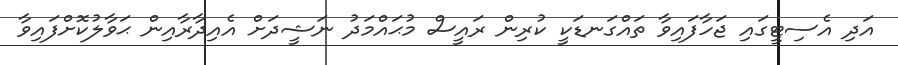
އަދި އެސިޓީގައި ޖަހާފައިވާ ތައްގަނޑަކީ ކުރިން ރައީސް މުޙައްމަދު ނަޝީދަށް އެއިދާރާއިން ޙަވާލުކޮށްފައިވާ